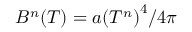
B ^ { n } ( T ) = a { ( T ^ { n } ) } ^ { 4 } / 4 \pi